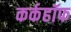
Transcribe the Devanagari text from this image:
कर्कहॉफ